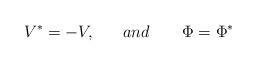
LaTeX: \begin{align*}V^{*} = - V , ~~~~~and ~~~~~~ \Phi = \Phi^{*}\end{align*}